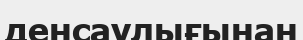
денсаулығынан